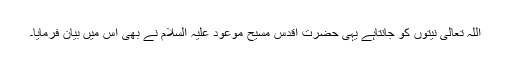
اللہ تعالیٰ نیتوں کو جانتاہے یہی حضرت اقدس مسیح موعود علیہ السلام نے بھی اس میں بیان فرمایا۔